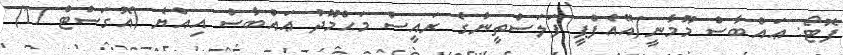
ފޮޓޯ: ޢައްބާސް މޫމާނީ/އޭއެފްޕީ ފަލަސްތީނުގެ ރައީސް މަޙްމޫދު ޢައްބާސް އިއްޔެ (އޮގަސްޓް 17)